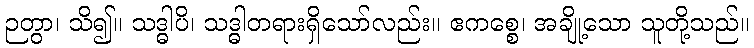
ဉတွာ၊ သိ၍။ သဒ္ဓါပိ၊ သဒ္ဓါတရားရှိသော်လည်း။ ဧကစ္စေ၊ အချို့သော သူတို့သည်။